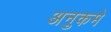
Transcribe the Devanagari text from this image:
अनुकमे